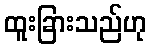
ထူးခြားသည်ဟု